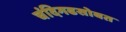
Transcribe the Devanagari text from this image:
चंदिगढसोबत